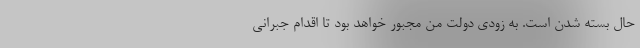
حال بسته شدن است. به زودی دولت من مجبور خواهد بود تا اقدام جبرانی